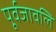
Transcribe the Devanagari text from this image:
पूर्वजावलि